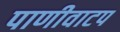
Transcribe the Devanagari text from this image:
पाणीवाटप